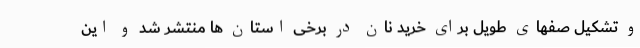
و تشکیل صفهای طویل برای خرید نان در برخی استان ها منتشر شد و این